Sanitation, dispensaries and jails vaccination Rajputana 1922-1927 - 1922-1927
Year: 1922
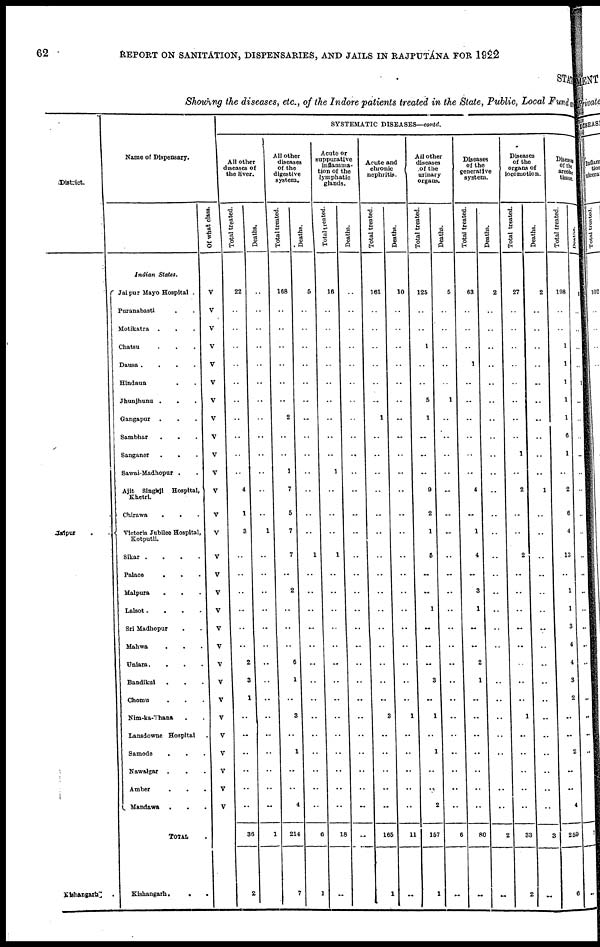
62
REPORT ON SANITATION, DISPENSARIES, AND JAILS IN RAJPUTANA FOR 1922
STAT
Showing the diseases, etc., of the Indore patients treated in the State, Public, Local Fund a
District.
Jaipur
.
Kishangarh.
Name of Dispensary.
Indian States.
Jaipur Mayo Hospital .
Puranabasti . .
Motikatra . . .
Chatsu
.
.
.
Dausa .
.
.
.
Hindaun
. .
Jhunjhunu .
. .
Gangapur . . .
Sambhar . . .
Sanganer
.
. .
Sawai Madhopur . .
Ajit Singhji Hospital,
Khetri.
Chirawa
.
. .
Victoria Jubilee Hospital,
Kotputli.
Sikar .
.
.
.
Palace
. . .
Malpura
.
. .
Lalsot .
.
.
.
Sri Madhopur . .
Mahwa . . .
Uniara.
.
. .
Bandikui . . .
Chomu
. . .
Nim-ka-Thana . .
Lansdowne Hospital .
Samode
. . .
Nawalgar .
. .
Amber . . .
Mandawa . . .
TOTAL .
Kishangarh.
.
.
Of what class.
V
V
V
V
V
V
V
V
V
V
V
V
V
V
V
V
V
V
V
V
V
V
V
V
V
V
V
V
V
SYSTEMATIC DISEASES—contd.
All other
diseases of
the liver.
Total treated.
22
..
..
..
..
..
..
..
..
..
..
4
1
3
..
..
..
..
..
..
2
3
1
..
..
..
..
..
..
36
2
Deaths.
..
..
..
..
..
..
..
..
..
..
..
..
..
1
..
..
..
..
..
..
..
..
..
..
..
..
..
..
..
1
All other
diseases
of the
digestive
system.
Total treated.
168
..
..
..
..
..
..
2
..
..
1
7
5
7
7
..
2
..
..
..
6
1
..
3
..
1
..
..
4
214
7
Deaths.
5
..
..
..
..
..
..
..
..
..
..
..
..
..
1
..
..
..
..
..
..
..
..
..
..
..
..
..
..
6
1
Acute or
suppurative
inflamma-
tion of the
lymphatic
glands.
Total treated.
16
..
..
..
..
..
..
..
..
..
1
..
..
..
1
..
..
..
..
..
..
..
..
..
..
..
..
..
..
18
..
Deaths.
..
..
..
..
..
..
..
..
..
..
..
..
..
..
..
..
..
..
..
..
..
..
..
..
..
..
..
..
..
...
Acute and
chronic
nephritis.
Total treated.
161
..
..
..
..
..
..
1
..
..
..
..
..
..
..
..
..
..
..
..
..
..
..
3
..
..
..
..
..
165
1
Deaths.
10
..
..
..
..
..
..
..
..
..
..
..
..
..
..
..
..
..
..
..
..
..
..
1
..
..
..
..
..
11
..
All other
diseases
of the
urinary
organs.
Total treated.
125
..
..
1
..
..
5
1
..
..
..
9
2
1
5
..
..
1
..
..
..
3
..
1
..
1
..
..
2
157
1
Deaths.
5
..
..
..
..
..
1
..
..
..
..
..
..
..
..
..
..
..
..
..
..
..
..
..
..
..
..
..
..
6
..
Diseases
of the
generative
system.
Total treated.
63
..
..
..
1
..
..
..
..
..
..
4
..
1
4
..
3
1
..
..
2
1
..
..
..
..
..
..
..
80
..
Deaths.
2
..
..
..
..
..
..
..
..
..
..
..
..
..
..
..
..
..
..
..
..
..
..
..
..
..
..
..
..
2
..
Diseases
of the
organs of
locomotion.
Total treated.
27
..
..
..
..
..
..
..
..
1
..
2
..
..
2
..
..
..
..
..
..
..
..
1
..
..
..
..
..
33
2
Deaths.
2
..
..
..
..
..
..
..
..
..
..
1
..
..
..
..
..
..
..
..
..
..
..
..
..
..
..
..
..
3
..
Disease]
of the
areolar
tissue.
Total treated.
198
..
..
..
..
1
..
..
6
1
..
2
6
4
13
..
1
1
3
4
4
3
2
..
..
2
..
..
4
259
6
Deaths.
1
..
..
..
..
1
..
..
..
..
..
..
..
..
..
..
..
..
..
..
..
..
..
..
..
..
..
..
..
7
..